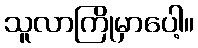
သူလာကြိုမှာပေါ့။